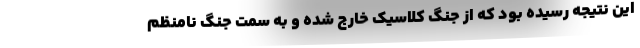
این نتیجه رسیده بود که از جنگ کلاسیک خارج شده و به سمت جنگ نامنظم